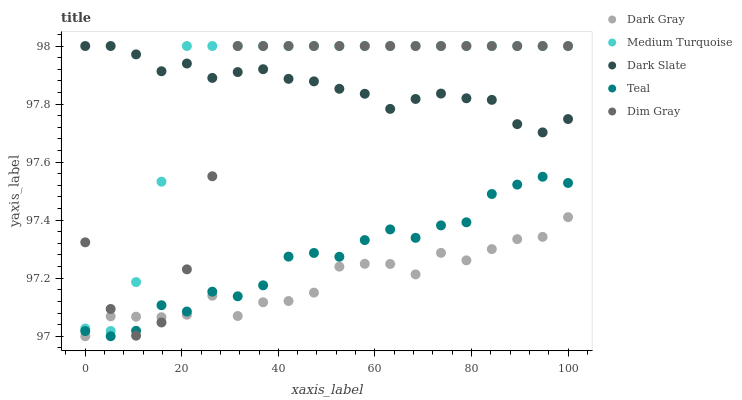
| xaxis_label | Dark Gray | Medium Turquoise | Dark Slate | Teal | Dim Gray |
 | --- | --- | --- | --- | --- | --- |
 | 0 | 97 | 97 | 98 | 97 | 97.3 |
 | 5.26 | 97.1 | 97 | 98 | 97 | 97.1 |
 | 10.5 | 97.1 | 97.2 | 98 | 97 | 97 |
 | 15.8 | 97.1 | 97.5 | 97.9 | 97.1 | 97 |
 | 21.1 | 97.1 | 98 | 97.9 | 97.1 | 97.2 |
 | 26.3 | 97.1 | 98 | 97.9 | 97.2 | 97.6 |
 | 31.6 | 97.1 | 98 | 97.9 | 97.1 | 98 |
 | 36.8 | 97.1 | 98 | 97.9 | 97.2 | 98 |
 | 42.1 | 97.1 | 98 | 97.9 | 97.3 | 98 |
 | 47.4 | 97.2 | 98 | 97.9 | 97.3 | 98 |
 | 52.6 | 97.2 | 98 | 97.9 | 97.3 | 98 |
 | 57.9 | 97.2 | 98 | 97.8 | 97.3 | 98 |
 | 63.2 | 97.2 | 98 | 97.8 | 97.4 | 98 |
 | 68.4 | 97.2 | 98 | 97.8 | 97.3 | 98 |
 | 73.7 | 97.3 | 98 | 97.8 | 97.4 | 98 |
 | 78.9 | 97.3 | 98 | 97.8 | 97.4 | 98 |
 | 84.2 | 97.3 | 98 | 97.8 | 97.5 | 98 |
 | 89.5 | 97.3 | 98 | 97.7 | 97.5 | 98 |
 | 94.7 | 97.3 | 98 | 97.7 | 97.5 | 98 |
 | 100 | 97.4 | 98 | 97.7 | 97.5 | 98 |